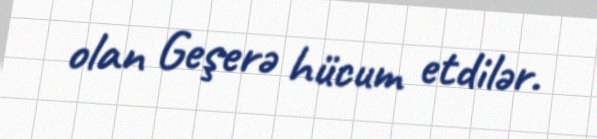
olan Geşerə hücum etdilər.